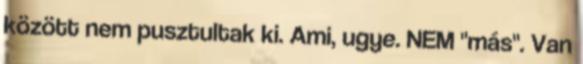
között nem pusztultak ki. Ami, ugye. NEM "más". Van